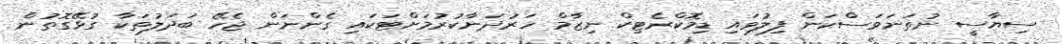
ސިޔާސީ ނުތަނަވަސްކަން ފިލުވައި ޑިމޮކްރެޓިކް ނިޒާމް ހަރުދަނާކުރުމަށްޓަކައި ގެންނަން ޖެހޭ ބަދަލުތަކާ ގުޅޭގޮތުން